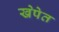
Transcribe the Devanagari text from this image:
खेपेत